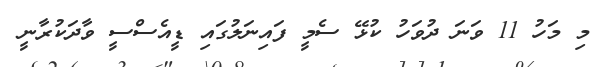
މި މަހު 11 ވަނަ ދުވަހު ކުޅޭ ސެމީ ފައިނަލުގައި ޑީއެސްސީ ވާދަކުރާނީ